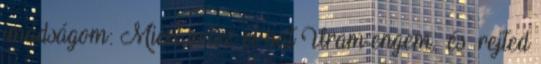
imádságom: Miért vetsz el hát Uram engem, és rejted